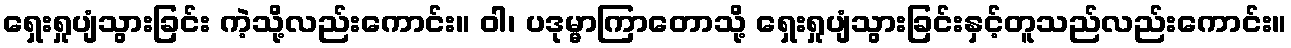
ရှေးရှုပျံသွားခြင်း ကဲ့သို့လည်းကောင်း။ ဝါ၊ ပဒုမ္မာကြာတောသို့ ရှေးရှုပျံသွားခြင်းနှင့်တူသည်လည်းကောင်း။